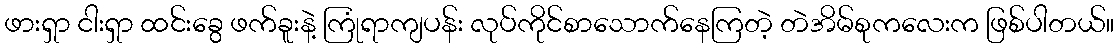
ဖားရှာ ငါးရှာ ထင်းခွေ ဖက်ခူးနဲ့ ကြုံရာကျပန်း လုပ်ကိုင်စာသောက်နေကြတဲ့ တဲအိမ်စုကလေးက ဖြစ်ပါတယ်။